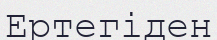
Ертегіден